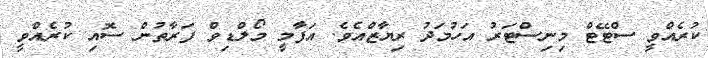
ކުރެއްވީ ސްޓޭޓް މިނިސްޓަރު އަހުމަދު ރިޔާޒްއެވެ. އަފާމީ މޯލްޑިވް ފަރާތުން ސޮއި ކުރެއްވީ